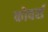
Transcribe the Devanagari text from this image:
कोवर्स